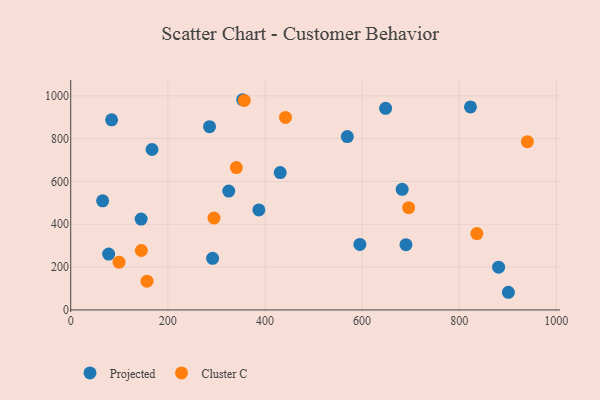
{"axis": {"x": "Distance", "y": "Sales"}, "legend": ["Cluster C", "Projected"], "data": [{"x": "285.8", "y": 855.8, "type": "Projected"}, {"x": "595.4", "y": 306.1, "type": "Projected"}, {"x": "387.4", "y": 466.9, "type": "Projected"}, {"x": "690.3", "y": 304.6, "type": "Projected"}, {"x": "84.2", "y": 887.8, "type": "Projected"}, {"x": "648.4", "y": 941.5, "type": "Projected"}, {"x": "569.5", "y": 809.9, "type": "Projected"}, {"x": "145.0", "y": 424.4, "type": "Projected"}, {"x": "292.1", "y": 241.2, "type": "Projected"}, {"x": "354.1", "y": 981.8, "type": "Projected"}, {"x": "881.1", "y": 199.5, "type": "Projected"}, {"x": "167.4", "y": 749.4, "type": "Projected"}, {"x": "823.1", "y": 948.3, "type": "Projected"}, {"x": "901.2", "y": 82.5, "type": "Projected"}, {"x": "431.4", "y": 641.7, "type": "Projected"}, {"x": "325.4", "y": 555.0, "type": "Projected"}, {"x": "682.5", "y": 563.4, "type": "Projected"}, {"x": "65.7", "y": 509.6, "type": "Projected"}, {"x": "78.1", "y": 260.7, "type": "Projected"}, {"x": "940.3", "y": 785.7, "type": "Cluster C"}, {"x": "295.1", "y": 429.3, "type": "Cluster C"}, {"x": "341.1", "y": 664.7, "type": "Cluster C"}, {"x": "99.5", "y": 223.3, "type": "Cluster C"}, {"x": "442.2", "y": 898.9, "type": "Cluster C"}, {"x": "157.1", "y": 134.2, "type": "Cluster C"}, {"x": "357.4", "y": 978.3, "type": "Cluster C"}, {"x": "695.8", "y": 477.8, "type": "Cluster C"}, {"x": "836.3", "y": 356.7, "type": "Cluster C"}, {"x": "145.4", "y": 277.5, "type": "Cluster C"}]}